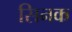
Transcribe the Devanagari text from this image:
सिनक